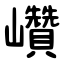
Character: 巑